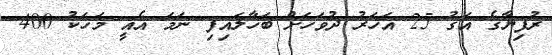
ރުފިޔާގެ އަގު 25 އަހަރު ދުވަހަށް ބަހާލައިފި ނަމަ އެއީ މަހަކު 400